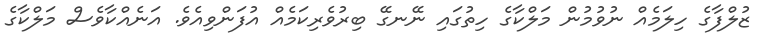
ޒުލްފާގެ ހިލަމެއް ނުވުމުން މަލްކާގެ ހިތުގައި ނޭނގޭ ބިރުވެރިކަމެއް އުފަންވިއެވެ. އަނެއްކާވެސް މަލްކާގެ